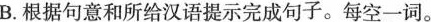
B.根据句意和所给汉语提示完成句子.每空一词.